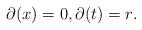
LaTeX: \begin{align*}\partial(x)=0 {},\partial(t)=r {}.\end{align*}